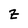
Character: Z